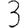
Digit: 3